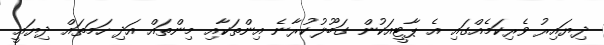
ދިޔައިރު ވެރިކަމެއްގައި އެ ޕާޓީއަކުން ގަބޫލުކުރާނެ އިންތަކާއި މިންތައް އަދި ހަމަތައް ދިޔައީ